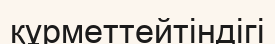
құрметтейтіндігі